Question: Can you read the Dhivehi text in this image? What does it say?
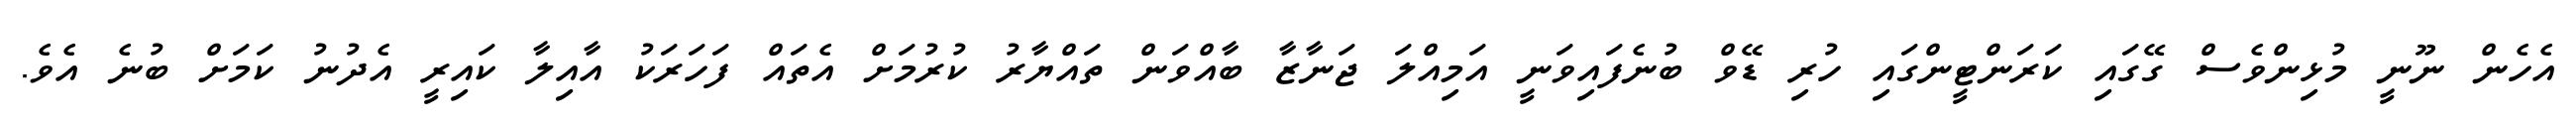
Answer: އެހެން ނޫނީ މުޅިންވެސް ގޭގައި ކަރަންޓީންގައި ހުރި ޑޭވް ބުނެފައިވަނީ އަމިއްލަ ޖަނާޒާ ބާއްވަން ތައްޔާރު ކުރުމަށް އެތައް ފަހަރަކު އާއިލާ ކައިރީ އެދުނު ކަމަށް ބުނެ އެވެ.